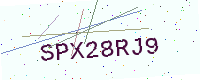
Text: SPX28RJ9